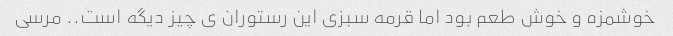
خوشمزه و خوش طعم بود اما قرمه سبزی این رستوران ی چیز دیگه است.. مرسی